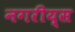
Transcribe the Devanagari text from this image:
नगरीय्स